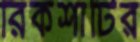
রিকশাটির